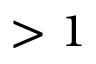
> 1